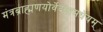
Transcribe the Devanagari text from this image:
मंत्रब्राह्मणयोर्वेदनामधेयम्